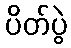
ပိတ်ပွဲ